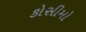
કોસીમો